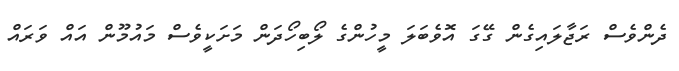
ދެންވެސް ރަޖާލައިގެން ގޭގަ އޮވެބަލަ މީހުންގެ ލޯބިހޯދަން މަށަކީވެސް މައުމޫން އައް ވަރައް